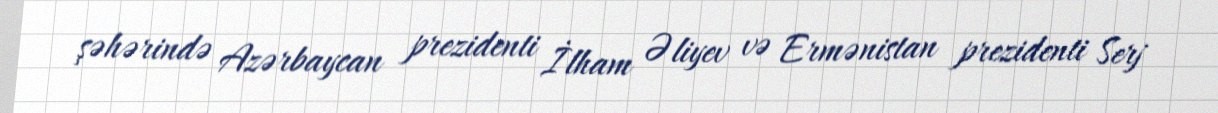
şəhərində Azərbaycan prezidenti İlham Əliyev və Ermənistan prezidenti Serj